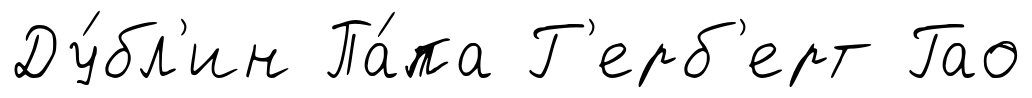
Ду́бл'ин Па́па Г'ерб'ерт Гао